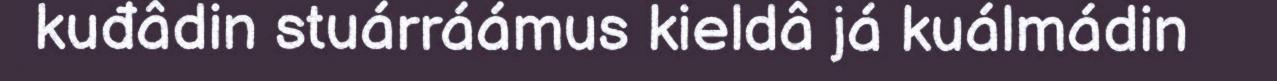
kuđâdin stuárráámus kieldâ já kuálmádin